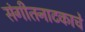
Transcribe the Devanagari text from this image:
संगीतनाटकाचे